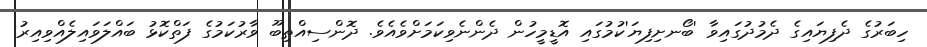
ހިބަރުގެ ދެފިޔައިގެ ދެމުދުގައިވާ 'ބޯނށިފިޔަ'ކުމުގައި އޮޑީމީހުން ދެންނެވިކަމަށްވެއެވެ. ދޮންސިއްތިބޫ ވާރުކަމުގެ ފަތްކޮޅު ބައްލަވައިލެއްވިއިރު